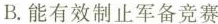
B. 能有效制止军备竞赛